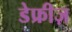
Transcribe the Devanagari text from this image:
डेफ्रीज़